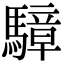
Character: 騿